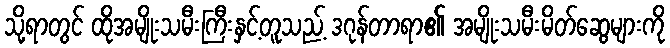
သို့ရာတွင် ထိုအမျိုးသမီးကြီးနှင့်တူသည့် ဒဂုန်တာရာ၏ အမျိုးသမီးမိတ်ဆွေများကို